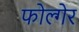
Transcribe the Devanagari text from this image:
फोल्गेर